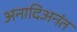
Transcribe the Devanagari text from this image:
अनादिअनंत